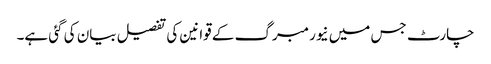
چارٹ جس میں نیورمبرگ کے قوانین کی تفصیل بیان کی گئی ہے۔